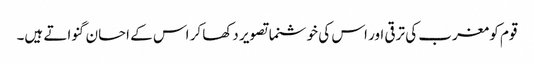
قوم کو مغرب کی ترقی اور اس کی خوشنما تصویر دکھا کر اس کے احسان گنواتے ہیں۔